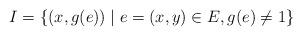
LaTeX: \begin{align*}I=\left\{ (x,g(e))\mid e=(x,y)\in E,g(e)\neq1\right\} \end{align*}